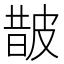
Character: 皵